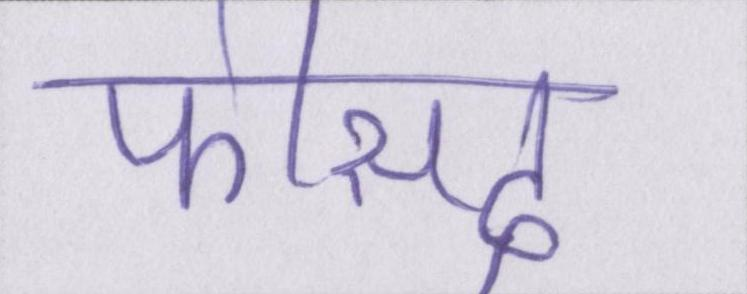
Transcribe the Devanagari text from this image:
फीसद